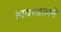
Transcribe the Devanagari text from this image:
हायरडालने